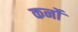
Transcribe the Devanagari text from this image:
कर्नो